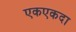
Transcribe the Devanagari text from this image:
एकएकदा